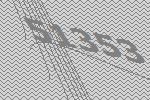
51353